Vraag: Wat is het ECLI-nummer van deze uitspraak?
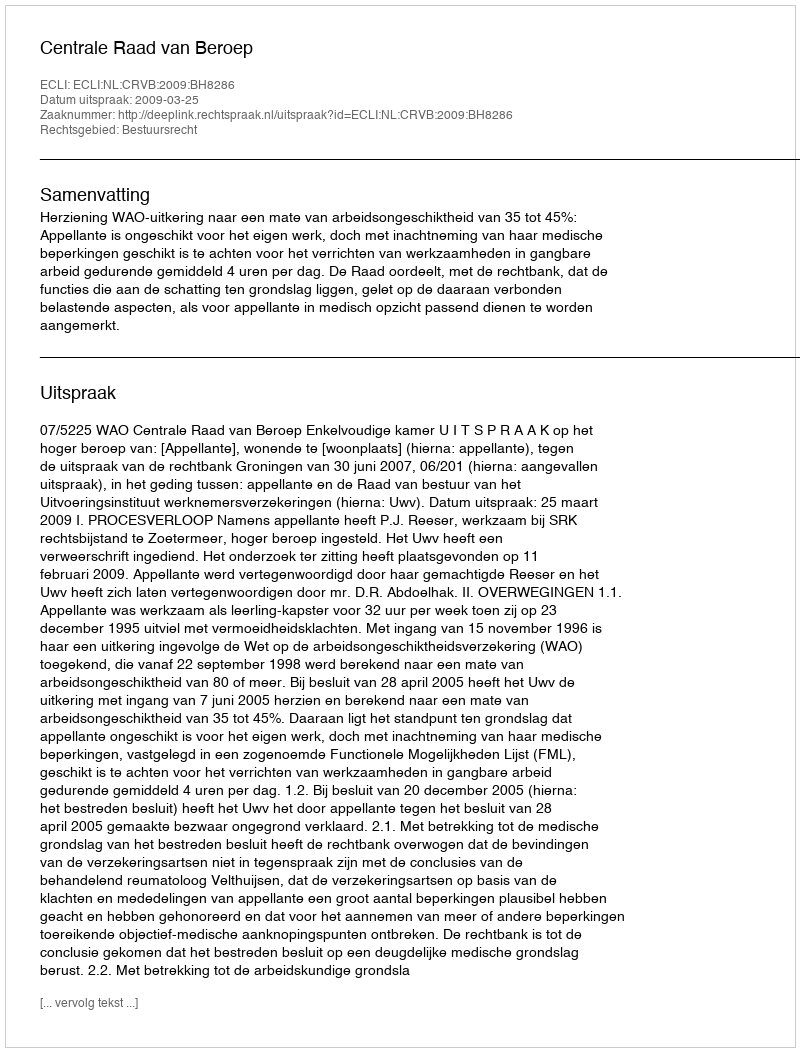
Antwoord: ECLI:NL:CRVB:2009:BH8286